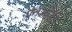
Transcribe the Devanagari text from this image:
एनओडी